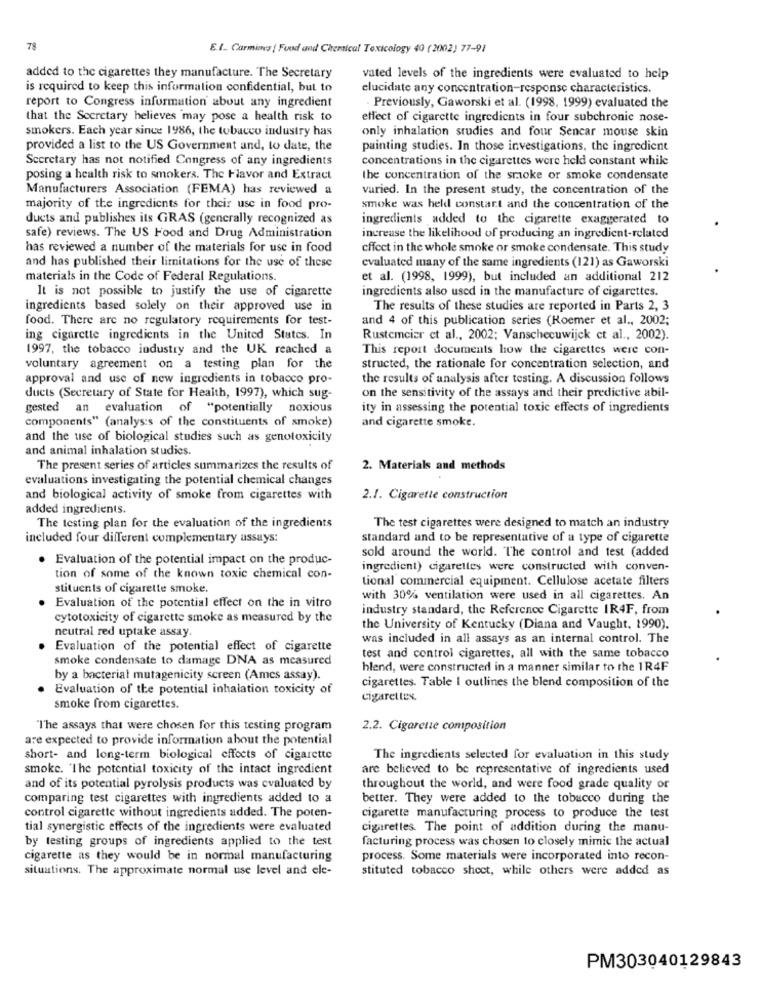
78
E.t ., Carmines | Food and Chemical Toxicology 40 (2002) 77-91
added to the cigarettes they manufacture. The Secretary
vated levels of the ingredients were evaluated to help
is required to keep this information confidential, but to
elucidate any concentration-response characteristics.
. Previously, Gaworski et al. (1998, 1999) evaluated the
report to Congress information about any ingredient
that the Secretary believes may pose a health risk to
effect of cigarette ingredients in four subchronic nose-
smokers. Each year since 1986, the tobacco industry has
only inhalation studies and four Sencar mouse skin
provided a list to the US Government and, to date, the
painting studies. In those investigations, the ingredient
Secretary has not notified Congress of any ingredients
concentrations in the cigarettes were held constant while
posing a health risk to smokers. The Flavor and Extract
the concentration of the smoke or smoke condensate
Manufacturers Association (FEMA) has reviewed a
varied. In the present study, the concentration of the
majority of the ingredients for their use in food pro-
smoke was held constart and the concentration of the
duets and publishes its GRAS (generally recognized as
ingredients added to the cigarette exaggerated to
safe) reviews. The US Food and Drug Administration
increase the likelihood of producing an ingredient-related
has reviewed a number of the materials for use in food
cffect in the whole smoke or smoke condensate. This study
evaluated many of the same ingredients (121) as Gaworski
and has published their limitations for the use of these
materials in the Code of Federal Regulations.
et al. (1998, 1999), but included an additional 212
It is not possible to justify the use of cigarette
ingredients also used in the manufacture of cigarettes.
ingredients based solely on their approved use in
The results of these studies are reported in Parts 2, 3
food. There are no regulatory requirements for test-
and 4 of this publication series (Roemer et al ., 2002;
ing cigarette ingredients in the United States. In
Rustemcier et al ., 2002; Vanschecuwijck ct al ., 2002).
1997, the tobacco industry and the UK reached a
This report documents how the cigarettes were con-
voluntary agreement on a testing plan for the
structed, the rationale for concentration selection, and
approval and use of new ingredients in tobacco pro-
the results of analysis after testing. A discussion follows
on the sensitivity of the assays and their predictive abil-
ducts (Secretary of State for Health, 1997), which sug-
gested an evaluation of "potentially noxious
ity in assessing the potential toxic effects of ingredients
components" (analys:s of the constituents of smoke)
and cigarette smoke.
and the use of biological studies such as genotoxicity
and animal inhalation studies.
The present series of articles summarizes the results of
2. Materials and methods
evaluations investigating the potential chemical changes
and biological activity of smoke from cigarettes with
2.1. Cigarette construction
added ingredients.
The testing plan for the evaluation of the ingredients
The test cigarettes were designed to match an industry
included four different complementary assays:
standard and to be representative of a type of cigarette
sold around the world. The control and test (added
. Evaluation of the potential impact on the produc-
ingredient) cigarettes were constructed with conven-
tion of some of the known toxic chemical con-
tional commercial equipment. Cellulose acetate filters
stituents of cigarette smoke.
Evaluation of the potential effect on the in vitro
with 30% ventilation were used in all cigarettes. An
industry standard, the Reference Cigarette IR4F, from
cytotoxicity of cigarette smoke as measured by the
neutral red uptake assay.
the University of Kentucky (Diana and Vaught, 1990).
was included in all assays as an internal control. The
. Evaluation of the potential effect of cigarette
smoke condensate to damage DNA as measured
test and control cigarettes, all with the same tobacco
blend, were constructed in a manner similar to the 1R4F
by a bacterial mutagenicity screen (Ames assay).
cigarettes. Table I outlines the blend composition of the
Evaluation of the potential inhalation toxicity of
cigarettes.
smoke from cigarettes.
The assays that were chosen for this testing program
2.2. Cigarette composition
are expected to provide information about the potential
short- and long-term biological effects of cigarette
The ingredients selected for evaluation in this study
smoke. "The potential toxicity of the intact ingredient
are believed to be representative of ingredients used
and of its potential pyrolysis products was evaluated by
throughout the world, and were food grade quality or
comparing test cigarettes with ingredients added to a
better. They were added to the tobacco during the
control cigarette without ingredients added. The poten-
cigarette manufacturing process to produce the test
tial synergistic effects of the ingredients were evaluated
cigarettes. The point of addition during the manu-
by testing groups of ingredients applied to the test
facturing process was chosen to closely mimic the actual
cigarette as they would be in normal manufacturing
process. Some materials were incorporated into recon-
situations. The approximate normal use level and ele-
stituted tobacco shect, while others were added as
PM303040129843